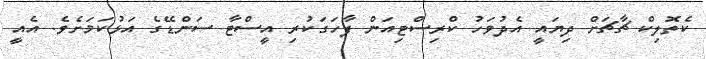
ކެތޮލިކް ޗާޗަށް ދިޔައީ އެދުވަހު ކްރިސްޓިއަން ފާހަގަކުރި އީސްޓާ ސަންޑޭގެ އަޅުކަމަށެވެ. އެއީ